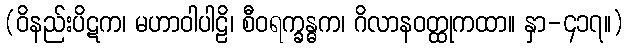
(ဝိနည်းပိဋက၊ မဟာဝါပါဠိ၊ စီဝရက္ခန္ဓက၊ ဂိလာနဝတ္ထုကထာ။ နှာ-၄၁၇။)